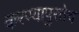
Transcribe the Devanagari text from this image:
करण्यापुरतेच